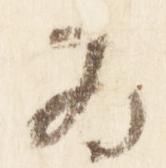
為